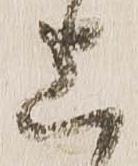
上